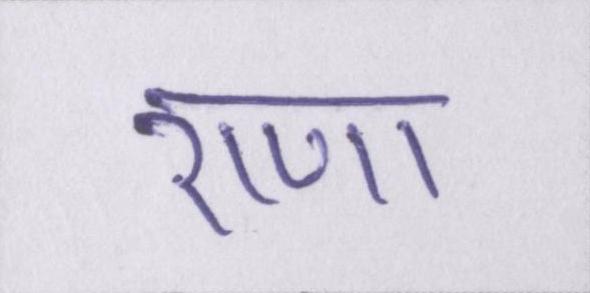
राणा